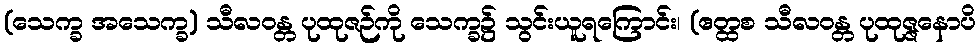
(သေက္ခ အသေက္ခ) သီလဝန္တ ပုထုဇဉ်ကို သေက္ခ၌ သွင်းယူရကြောင်း၊ (ဧတ္ထစ သီလဝန္တ ပုထုဇ္ဇနောပိ